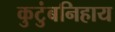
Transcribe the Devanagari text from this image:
कुटुंबनिहाय